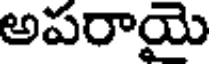
అపరాయై